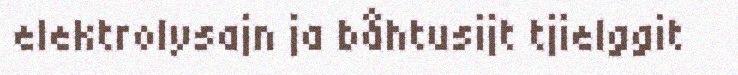
elektrolysajn ja båhtusijt tjielggit